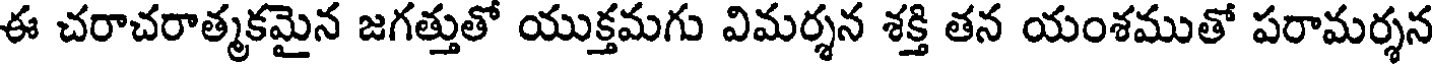
ఈ చరాచరాత్మకమైన జగత్తుతో యుక్తమగు విమర్శన శక్తి తన యంశముతో పరామర్శన